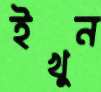
ইখুন